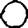
Digit: 0